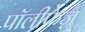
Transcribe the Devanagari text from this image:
पॉलीफेज़